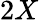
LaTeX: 2X